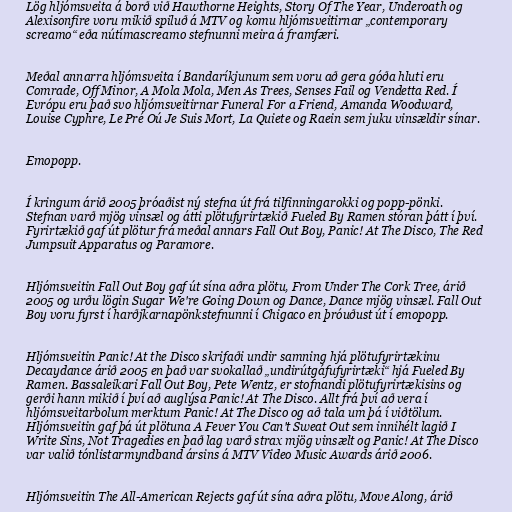
Lög hljómsveita á borð við Hawthorne Heights, Story Of The Year, Underoath og
Alexisonfire voru mikið spiluð á MTV og komu hljómsveitirnar „contemporary
screamo“ eða nútímascreamo stefnunni meira á framfæri.

Meðal annarra hljómsveita í Bandaríkjunum sem voru að gera góða hluti eru
Comrade, Off Minor, A Mola Mola, Men As Trees, Senses Fail og Vendetta Red. Í
Evrópu eru það svo hljómsveitirnar Funeral For a Friend, Amanda Woodward,
Louise Cyphre, Le Pré Oú Je Suis Mort, La Quiete og Raein sem juku vinsældir sínar.

Emopopp.

Í kringum árið 2005 þróaðist ný stefna út frá tilfinningarokki og popp-pönki.
Stefnan varð mjög vinsæl og átti plötufyrirtækið Fueled By Ramen stóran þátt í því.
Fyrirtækið gaf út plötur frá meðal annars Fall Out Boy, Panic! At The Disco, The Red
Jumpsuit Apparatus og Paramore.

Hljómsveitin Fall Out Boy gaf út sína aðra plötu, From Under The Cork Tree, árið
2005 og urðu lögin Sugar We're Going Down og Dance, Dance mjög vinsæl. Fall Out
Boy voru fyrst í harðjkarnapönkstefnunni í Chigaco en þróuðust út í emopopp.

Hljómsveitin Panic! At the Disco skrifaði undir samning hjá plötufyrirtækinu
Decaydance árið 2005 en það var svokallað „undirútgáfufyrirtæki“ hjá Fueled By
Ramen. Bassaleikari Fall Out Boy, Pete Wentz, er stofnandi plötufyrirtækisins og
gerði hann mikið í því að auglýsa Panic! At The Disco. Allt frá því að vera í
hljómsveitarbolum merktum Panic! At The Disco og að tala um þá í viðtölum.
Hljómsveitin gaf þá út plötuna A Fever You Can't Sweat Out sem innihélt lagið I
Write Sins, Not Tragedies en það lag varð strax mjög vinsælt og Panic! At The Disco
var valið tónlistarmyndband ársins á MTV Video Music Awards árið 2006.

Hljómsveitin The All-American Rejects gaf út sína aðra plötu, Move Along, árið